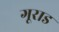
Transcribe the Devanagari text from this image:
गूराड